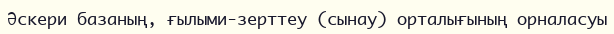
Әскери базаның, ғылыми-зерттеу (сынау) орталығының орналасуы